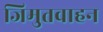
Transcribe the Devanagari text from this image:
जिमुतवाहन